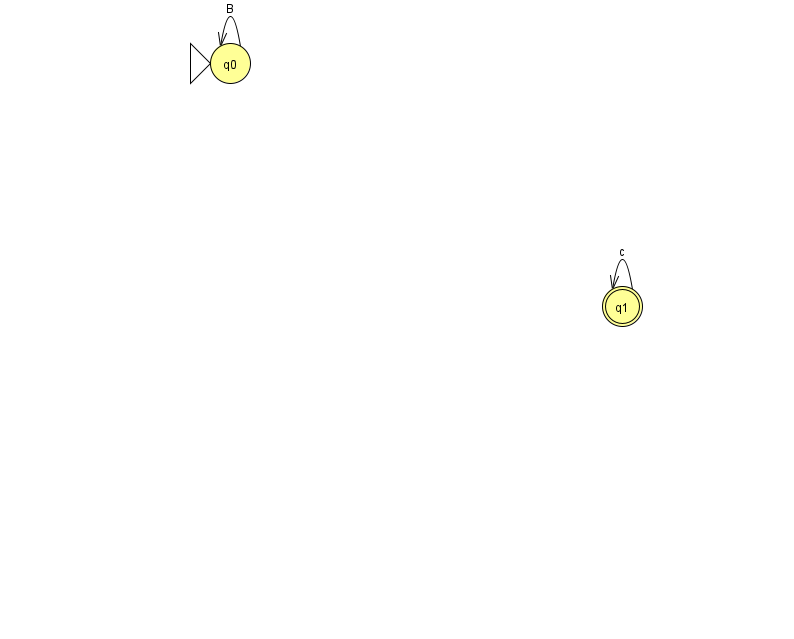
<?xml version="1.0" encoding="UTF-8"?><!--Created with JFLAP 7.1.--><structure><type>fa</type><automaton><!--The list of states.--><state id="0" name="q0"><x>230.0</x><y>50.0</y><initial/></state><state id="1" name="q1"><x>622.0</x><y>293.0</y><final/></state><!--The list of transitions.--><transition><from>0</from><to>0</to><read>B</read></transition><transition><from>1</from><to>1</to><read>c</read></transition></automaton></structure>